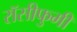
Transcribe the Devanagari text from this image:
रॉसीफुमी